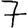
Digit: 7